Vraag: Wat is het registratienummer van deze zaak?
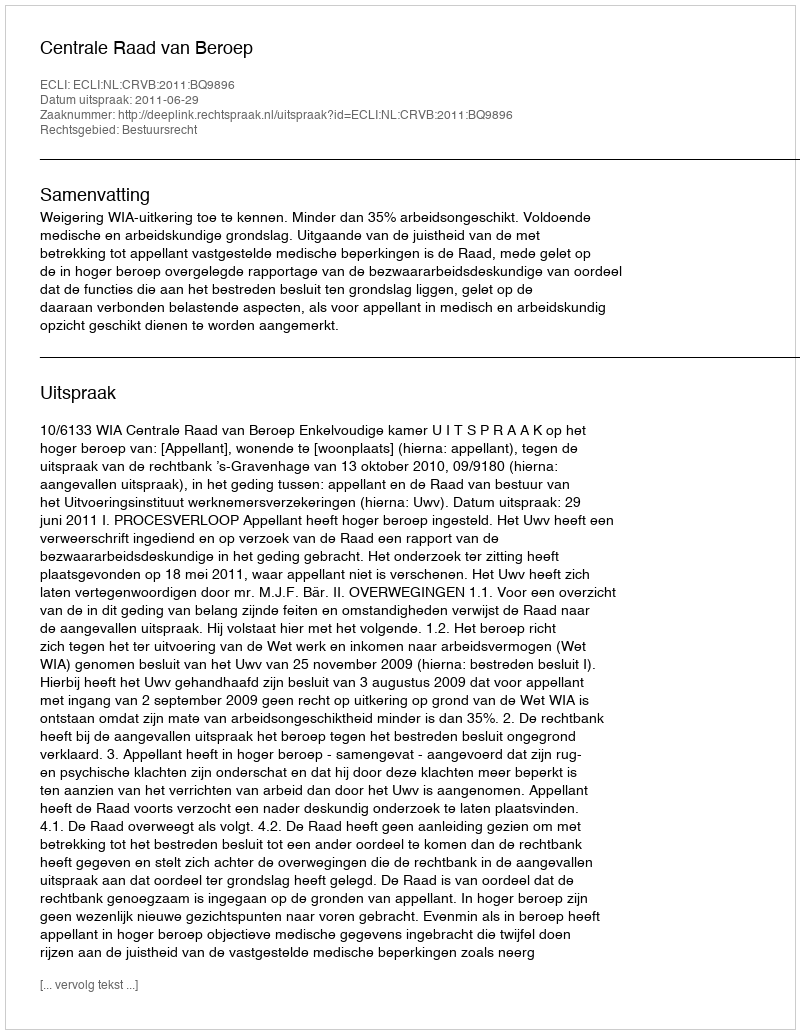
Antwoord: http://deeplink.rechtspraak.nl/uitspraak?id=ECLI:NL:CRVB:2011:BQ9896